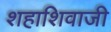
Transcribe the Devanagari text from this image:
शहाशिवाजी